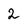
Character: 2